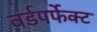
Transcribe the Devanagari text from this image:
वर्डपर्फेक्ट